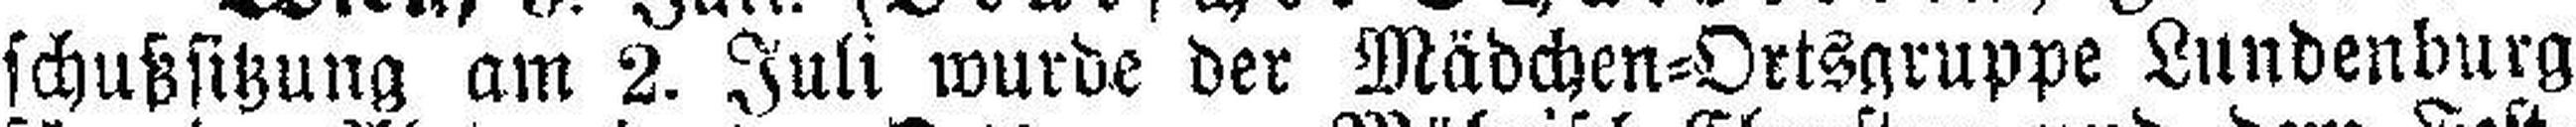
schußsitzung am 2. Juli wurde der Mädchen=Ortsgruppe Lundenburg